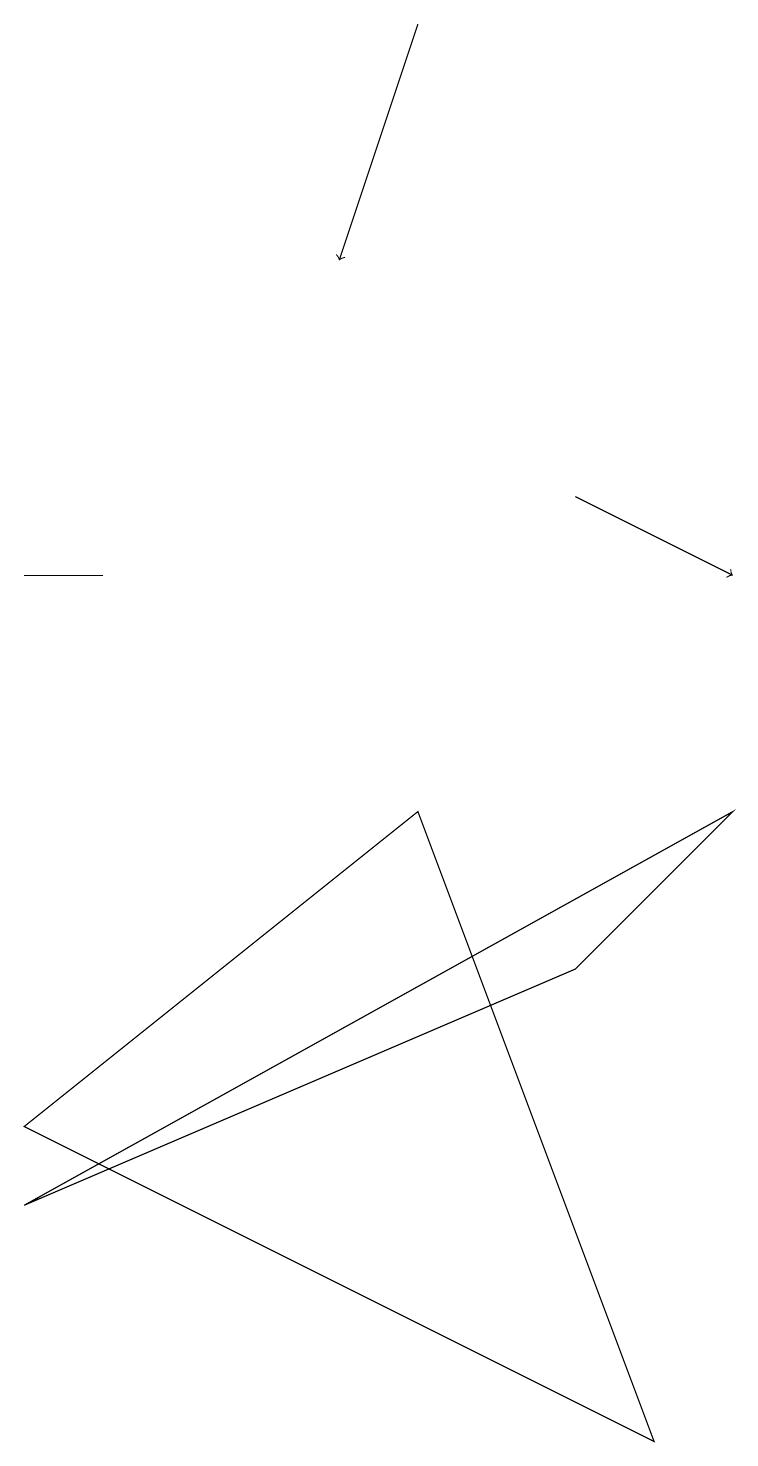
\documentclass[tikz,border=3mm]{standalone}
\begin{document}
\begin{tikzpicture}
\draw (9,8) -- (0,3) -- (7,6) -- cycle;
\draw[->] (7,12) -- (9,11);
\draw (1,11) rectangle (0,11);
\draw (0,4) -- (8,0) -- (5,8) -- cycle;
\draw[->] (5,18) -- (4,15);
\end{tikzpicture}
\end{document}